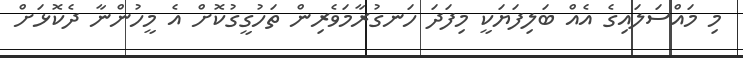
މި މައްސަލައިގެ އެއް ބަލިފަޔަކީ މިފަދަ ހަނގުރާމަވެރިން ތަހުގީގުކޮށް އެ މީހުންނާ ދެކޮޅަށް